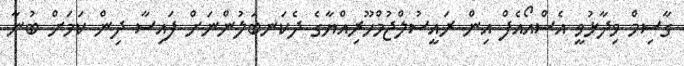
ގާސިމް ވިދާޅުވީ އެސްއޯއެފް އިން ރައީސުލްޖުމްހޫރިއްޔާގެ ދެކަނބަލުންނަށް ފައިސާ ދިން ކަމަށް ބުނާ